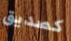
كصديق